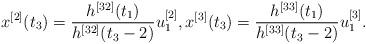
LaTeX: \begin{align*}{x^{[2]}}({t_3}) = \frac{{{h^{[32]}}({t_1})}}{{{h^{[32]}}({t_3} - 2)}}u_1^{[2]},{x^{[3]}}({t_3}) = \frac{{{h^{[33]}}({t_1})}}{{{h^{[33]}}({t_3} - 2)}}u_1^{[3]}.\end{align*}